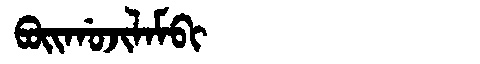
Manchu: ᠪᠣᡳᡤᠣᠵᡳᠯᠠᠮᠪᡳ
Romanization: BOIGOJILAMBI